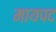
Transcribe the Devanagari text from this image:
मायपद